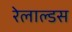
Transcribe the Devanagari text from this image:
रेलाल्डस